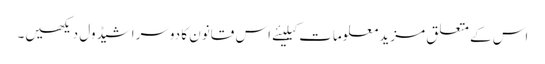
اس کے متعلق مزید معلومات کیلیئے اس قانون کا دوسراشیڈول دیکھیں۔